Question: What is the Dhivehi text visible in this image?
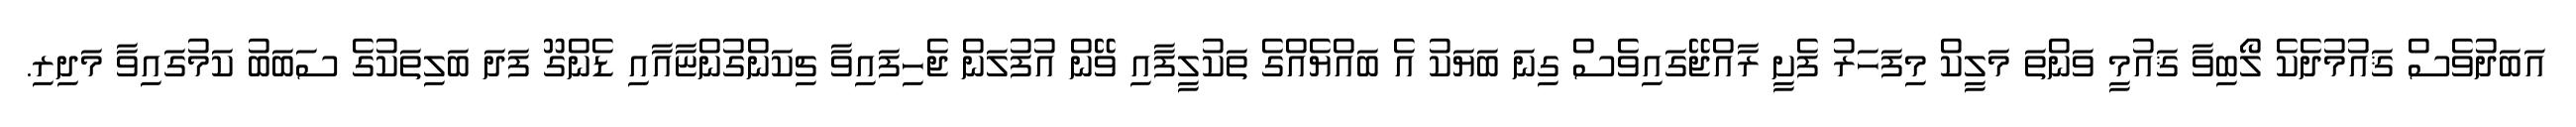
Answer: އަބަދުވެސް ޤައުމުދެކެ ލޯބިވާ ޤައުމީ ވަންތަ މަލީކް މިފަހަރު ފެށީ ރާއްޖޭގައިވެސް ގިނަ ބަޔަކު އެ ބައްޔެއްގެ ތަކުލީފާއި ވޭން އުފުލަން ޖެހިފައިވާ ޗިކަންގުންޏާއާއި ޑެންގޫ ފަދަ ބަލިތަކުގެ ސަބަބު ކަމުގައިވާ މަދިރި.